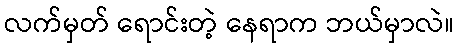
လက်မှတ် ရောင်းတဲ့ နေရာက ဘယ်မှာလဲ။